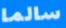
سالما